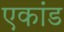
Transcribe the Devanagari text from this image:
एकांड